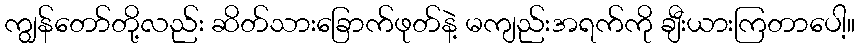
ကျွန်တော်တို့လည်း ဆိတ်သားခြောက်ဖုတ်နဲ့ မကျည်းအရက်ကို ချီးယားကြတာပေါ့။